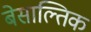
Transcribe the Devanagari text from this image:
बेसाल्तिक